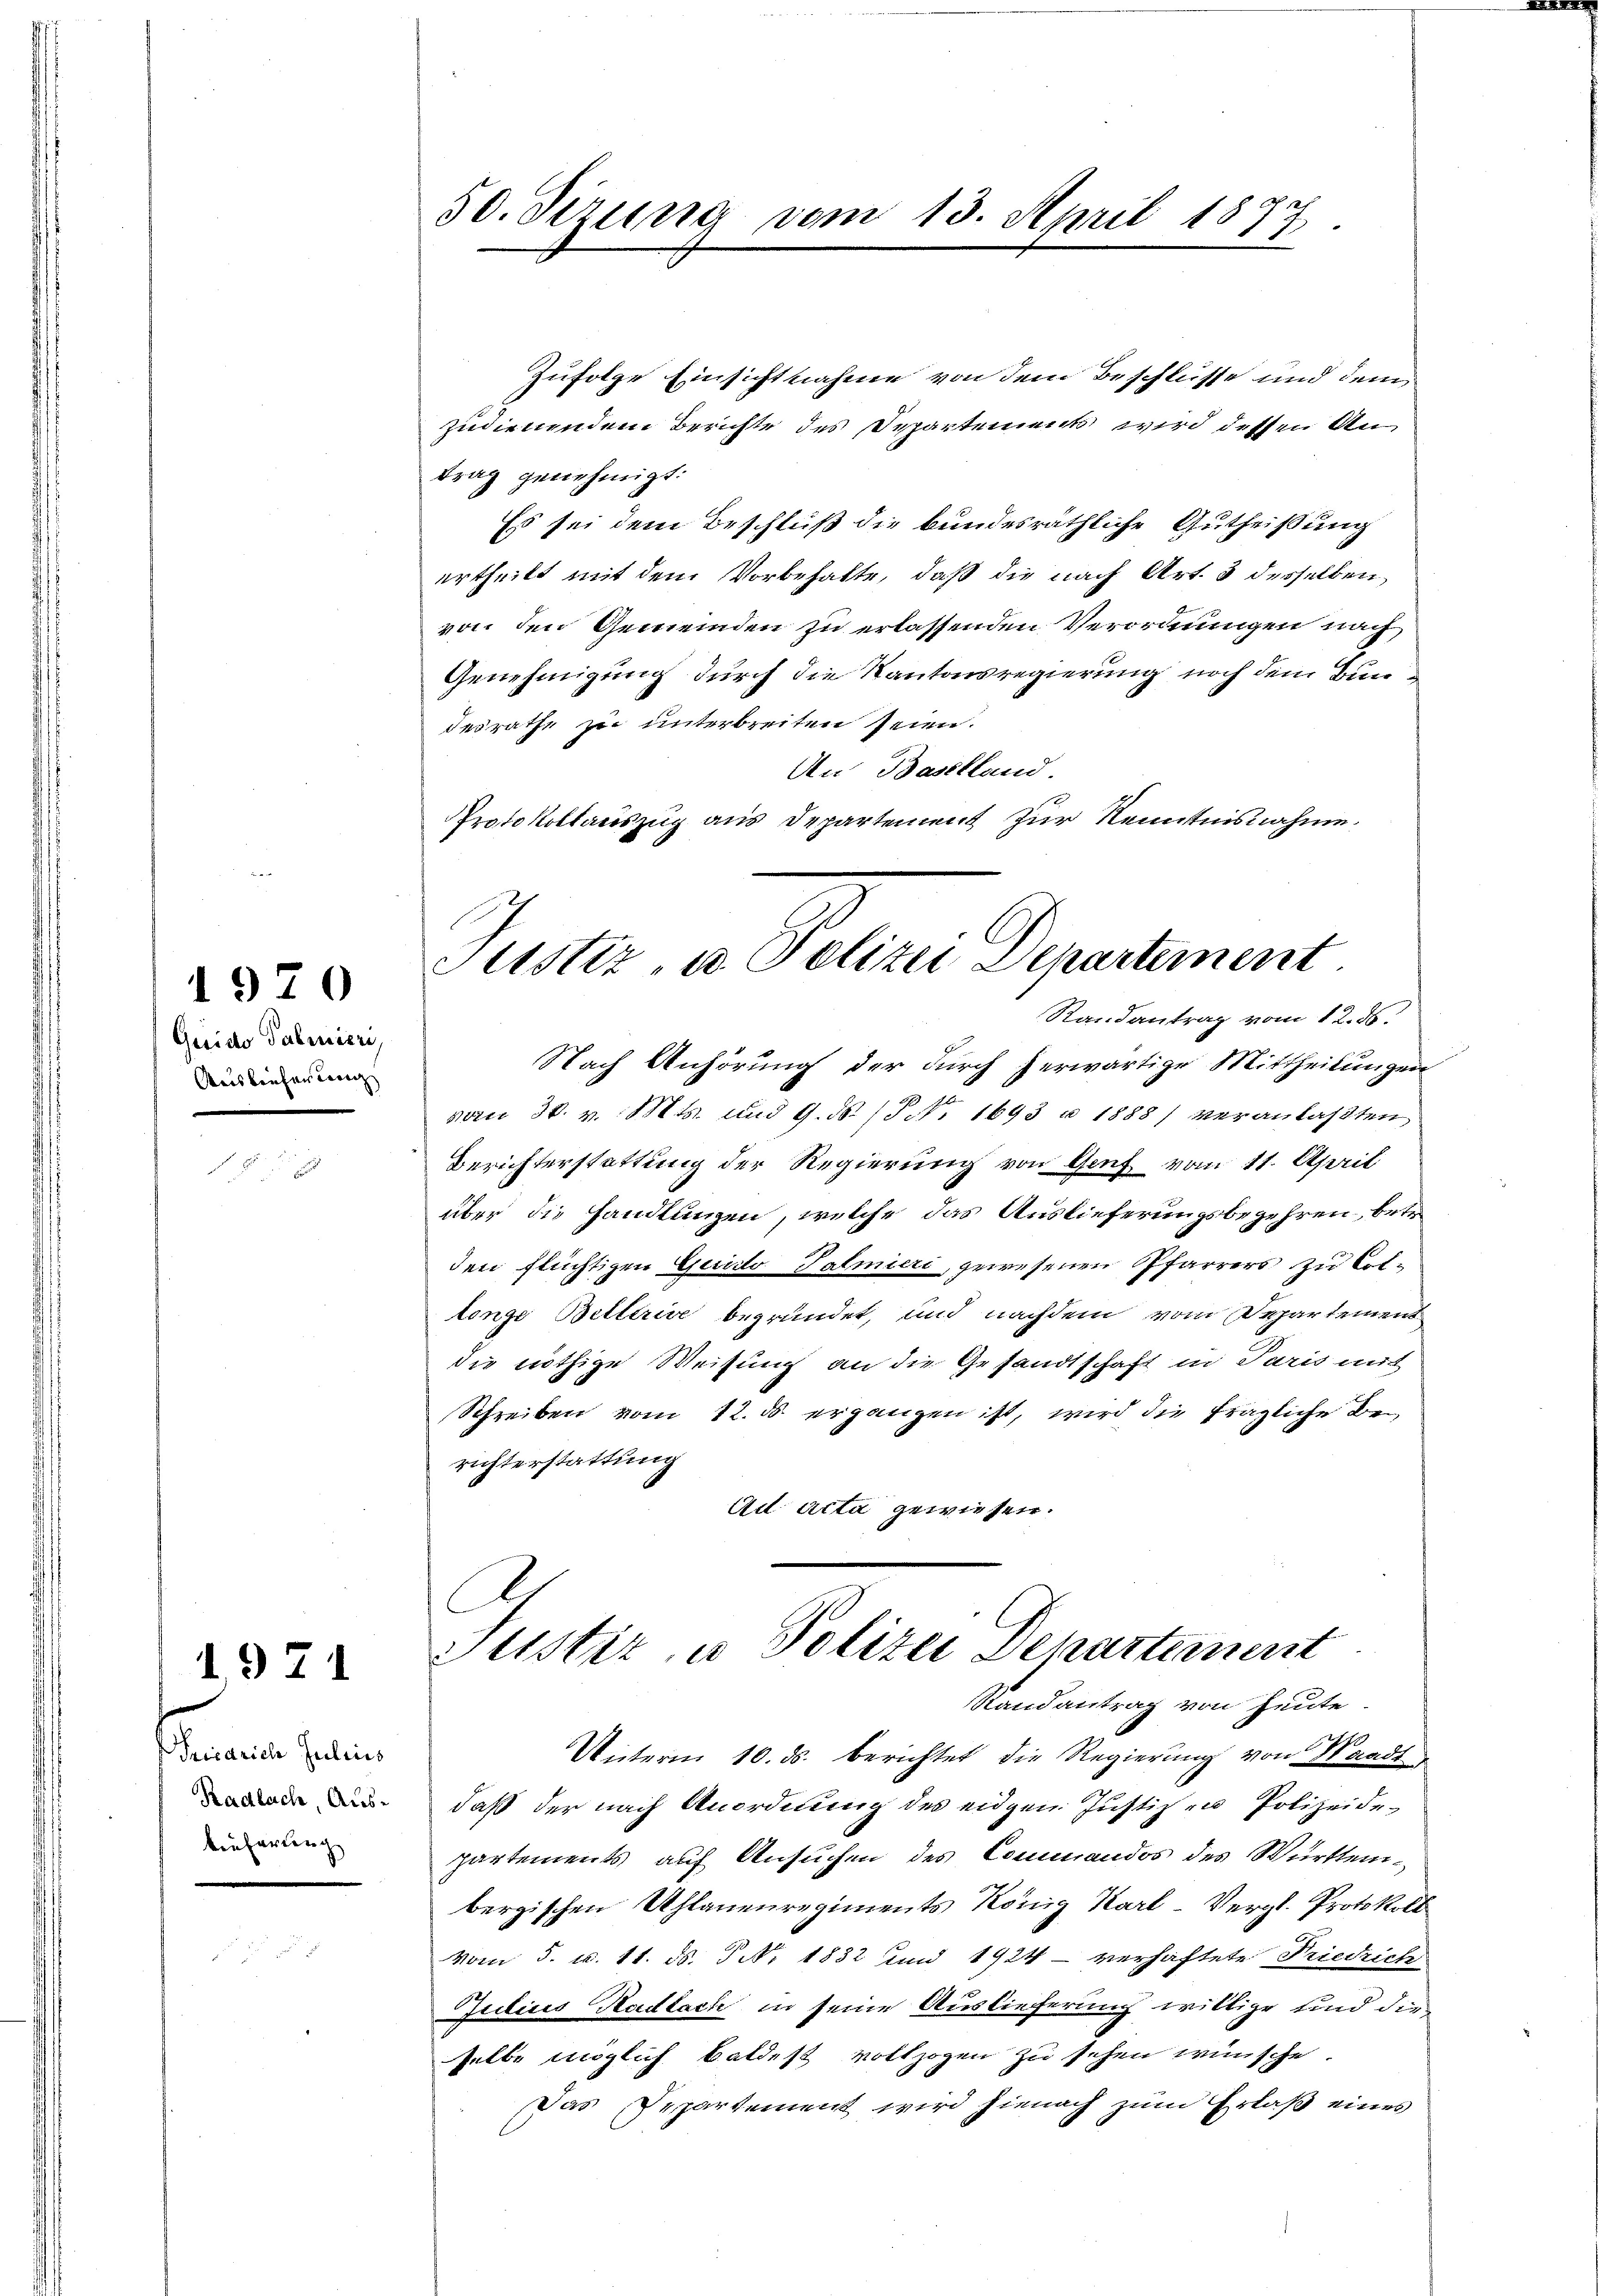
Guido Saliniere,
Ausreichenlang

1970

1971

riedrich Julius
Radlach, Auskeuferteng

50. Sizung vom 13. April 1877

Zufolge Einsichtnahme von dem Beschlüsse und dem
zudienendem Berichte des Departement wird dessen Antrag genehmigt:
Es sei dem Beschluß die bundesräthliche Gutheißung
ertheilt mit dem Vorbehalte, daß die nach Art. 3 desselben,
von den Gemeinden zu erlassenden Verordnungen nach
Genehmigung durch die Kantonsregierung noch dem Bundesrathe zu unterbreiten seien.
An Baselland.
Protokollauszug aus Departement zur Kenntnisnahme.

Justiz- u. Polizei Departement
Randantrag vom 12. ds.

Nach Anhörung der durch herwärtige Mittheilungen
vom 30. v. Mts. und 9. ds. (T No. 1693 u 1888) veranlaßten
Berichterstattung der Regierung von Genf vom 11. April
über die Handlungen, welche das Auslieferungsbegehren, betei
den flüchtigen Guido Talmieri, gewesenen Pfarrers zu Collonge Bellerive begründet, und nachdem vom Departement
die nöthige Weisung an die Gesandtschaft in Paris mit
Schreiben vom 12. ds. ergangen ist, wird die fragliche Berichterstattung
Ad Acta gewiesen.
Justiz, u. Polizei Departement
Randantrag von heute.
Unterm 10. ds. berichtet die Regierung von Waadt
daß der nach Anordnung des eidgen Justiz zu Polizeidepartements auf Ansuchen des Commandos des Württembergischen Uhlanenregiments König Karl-Vergl. Protokoll
vom 5. u. 11. ds. P. No. 1832 und 1924 - verhaftete Friedrich
Julius Radlach in seine Auslieferung willige und die
selbe möglich baldest vollzogen zu sehen wünsche.
Das Departement wird hienach zum Erlaß eines